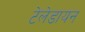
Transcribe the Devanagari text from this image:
टेलेडायन